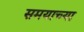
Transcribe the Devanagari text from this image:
समयाच्या